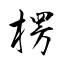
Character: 楞